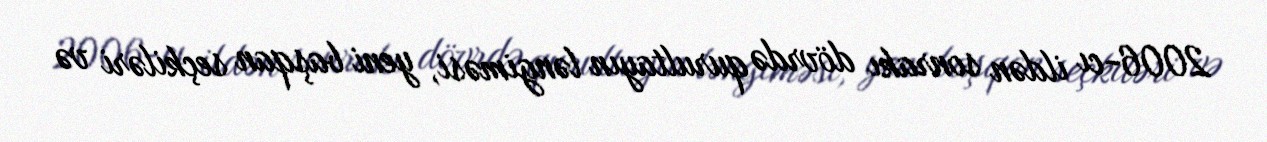
2006-cı ildən sonrakı dövrdə qurultayın ləngiməsi, yeni başqan seçkiləri və